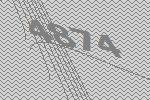
4874